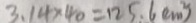
3 . 1 4 \times 4 0 = 1 2 5 . 6 ( c m ^ { 2 } )